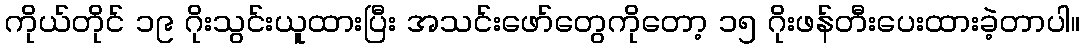
ကိုယ်တိုင် ၁၉ ဂိုးသွင်းယူထားပြီး အသင်းဖော်တွေကိုတော့ ၁၅ ဂိုးဖန်တီးပေးထားခဲ့တာပါ။